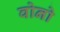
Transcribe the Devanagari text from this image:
वोनो